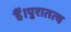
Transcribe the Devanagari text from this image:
हैं।पुरातत्व